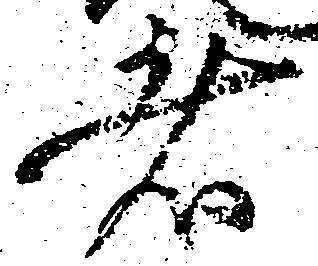
者